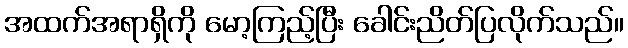
အထက်အရာရှိကို မော့ကြည့်ပြီး ခေါင်းညိတ်ပြလိုက်သည်။